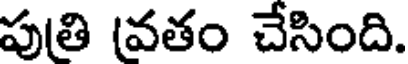
పుతి (వతం చేసింది.